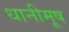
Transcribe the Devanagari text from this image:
धानीमूष